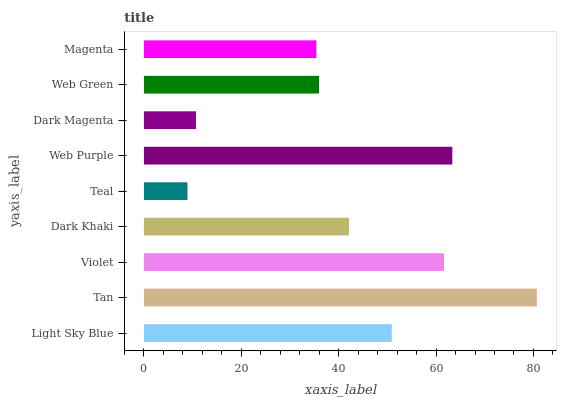
| yaxis_label | bars |
 | --- | --- |
 | Light Sky Blue | 50.9 |
 | Tan | 80.7 |
 | Violet | 61.6 |
 | Dark Khaki | 42.1 |
 | Teal | 8.95 |
 | Web Purple | 63.3 |
 | Dark Magenta | 10.7 |
 | Web Green | 36 |
 | Magenta | 35.4 |